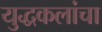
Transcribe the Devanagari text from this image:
युद्धकलांचा